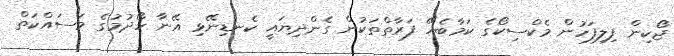
ޖޯކިން ފިލިފަހުން މެކްސިކޯގެ ކަމާބެހޭ ފަރާތްތަކުން ގެންދިޔައީ ކެނޑިނޭޅި އޭނާ ހޯދުމުގެ މަސައްކަތް